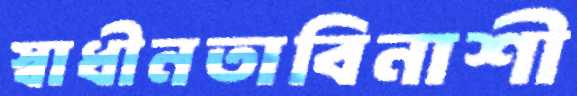
স্বাধীনতাবিনাশী